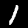
Label: 1